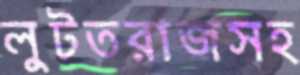
লুটতরাজসহ